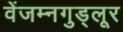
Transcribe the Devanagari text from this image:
वेंजम्नगुड्लूर